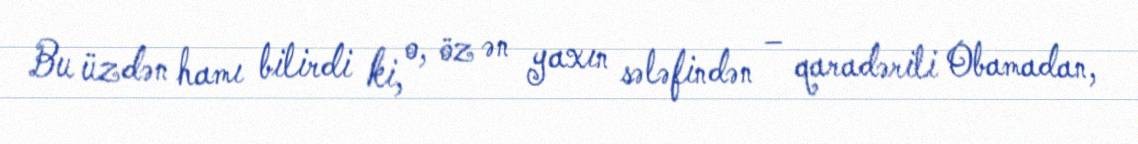
Bu üzdən hamı bilirdi ki, o, öz ən yaxın sələfindən – qaradərili Obamadan,